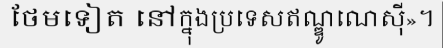
ថែមទៀត នៅក្នុងប្រទេសឥណ្ឌូណេស៊ី»។